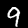
Digit: 9